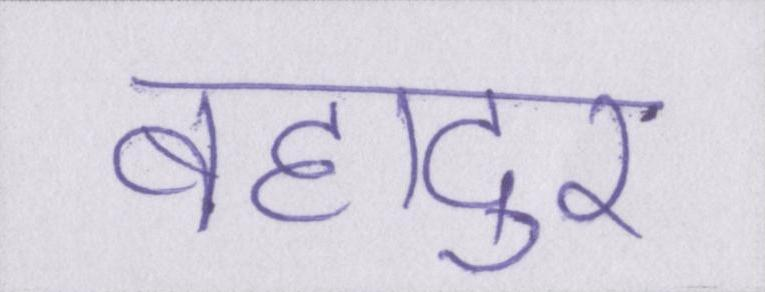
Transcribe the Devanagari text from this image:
बहादुर